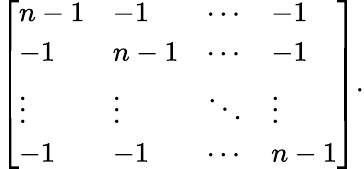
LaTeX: {\left[\begin{array}{llll}{n-1}&{-1}&{\cdots}&{-1}\\ {-1}&{n-1}&{\cdots}&{-1}\\ {\vdots}&{\vdots}&{\ddots}&{\vdots}\\ {-1}&{-1}&{\cdots}&{n-1}\end{array}\right]}.